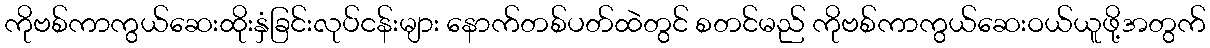
ကိုဗစ်ကာကွယ်ဆေးထိုးနှံခြင်းလုပ်ငန်းများ နောက်တစ်ပတ်ထဲတွင် စတင်မည် ကိုဗစ်ကာကွယ်ဆေးဝယ်ယူဖို့အတွက်